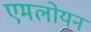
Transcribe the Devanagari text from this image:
एमलोयन